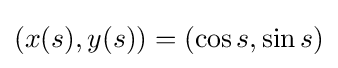
(x(s),y(s))=(\cos s,\sin s)